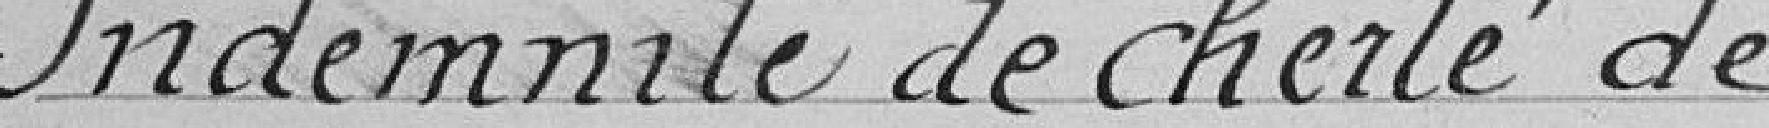
Indemnité de cherté de